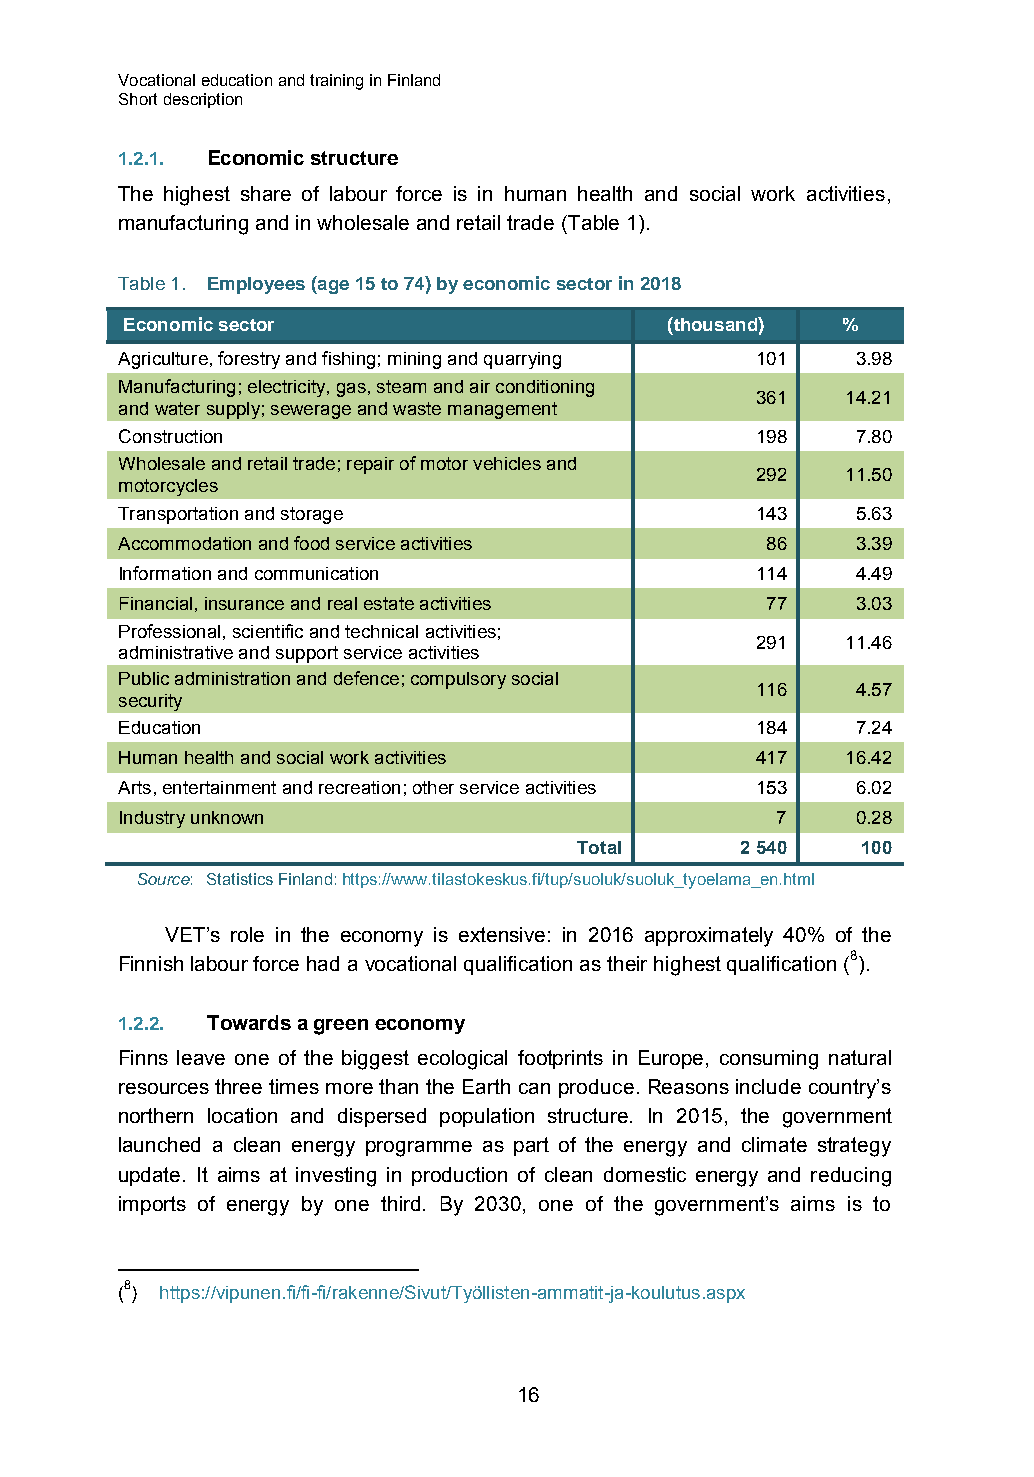
Vocational education and training in Finland
 Short description
 1.2.1. Economic structure
 The highest share of labour force is in human health and social work activities,
 manufacturing and in wholesale and retail trade (Table 1).
 Table 1. Employees (age 15 to 74) by economic sector in 2018
 Economic sector                     (thousand)  %
 Agriculture, forestry and fishing; mining and quarrying 101 3.98
 Manufacturing; electricity, gas, steam and air conditioning
 361   14.21
 and water supply; sewerage and waste management
 Construction                              198    7.80
 Wholesale and retail trade; repair of motor vehicles and
 292   11.50
 motorcycles
 Transportation and storage                143    5.63
 Accommodation and food service activities  86    3.39
 Information and communication             114    4.49
 Financial, insurance and real estate activities 77 3.03
 Professional, scientific and technical activities;
 291   11.46
 administrative and support service activities
 Public administration and defence; compulsory social
 116    4.57
 security
 Education                                 184    7.24
 Human health and social work activities   417   16.42
 Arts, entertainment and recreation; other service activities 153 6.02
 Industry unknown                           7     0.28
 Total      2 540   100
 Source: Statistics Finland: https://www.tilastokeskus.fi/tup/suoluk/suoluk_tyoelama_en.html
 VET’s role in the economy is extensive: in 2016 approximately 40% of the
 Finnish labour force had a vocational qualification as their highest qualification (8).
 1.2.2. Towards a green economy
 Finns leave one of the biggest ecological footprints in Europe, consuming natural
 resources three times more than the Earth can produce. Reasons include country’s
 northern location and dispersed population structure. In 2015, the government
 launched a clean energy programme as part of the energy and climate strategy
 update. It aims at investing in production of clean domestic energy and reducing
 imports of energy by one third. By 2030, one of the government’s aims is to
 (8) https://vipunen.fi/fi-fi/rakenne/Sivut/Työllisten-ammatit-ja-koulutus.aspx
 16